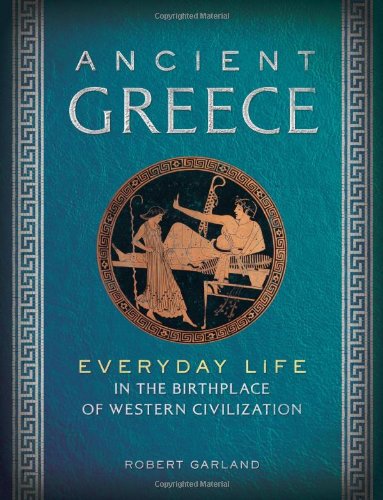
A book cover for Ancient Greece: Everyday Life in the Birthplace of Western Civilization; Robert Garland; History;